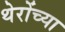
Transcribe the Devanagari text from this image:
थेरोंच्या